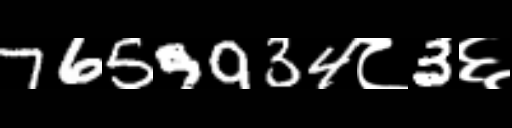
Text: 7659934८3६